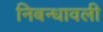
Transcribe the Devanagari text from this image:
निबन्धावली